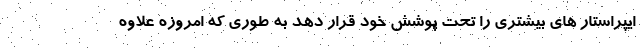
ایپراستار های بیشتری را تحت پوشش خود قرار دهد به طوری که امروزه علاوه